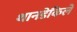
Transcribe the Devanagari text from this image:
थानडेकिले